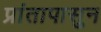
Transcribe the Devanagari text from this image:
प्रांतापासुन